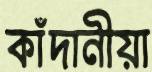
কাঁদানীয়া